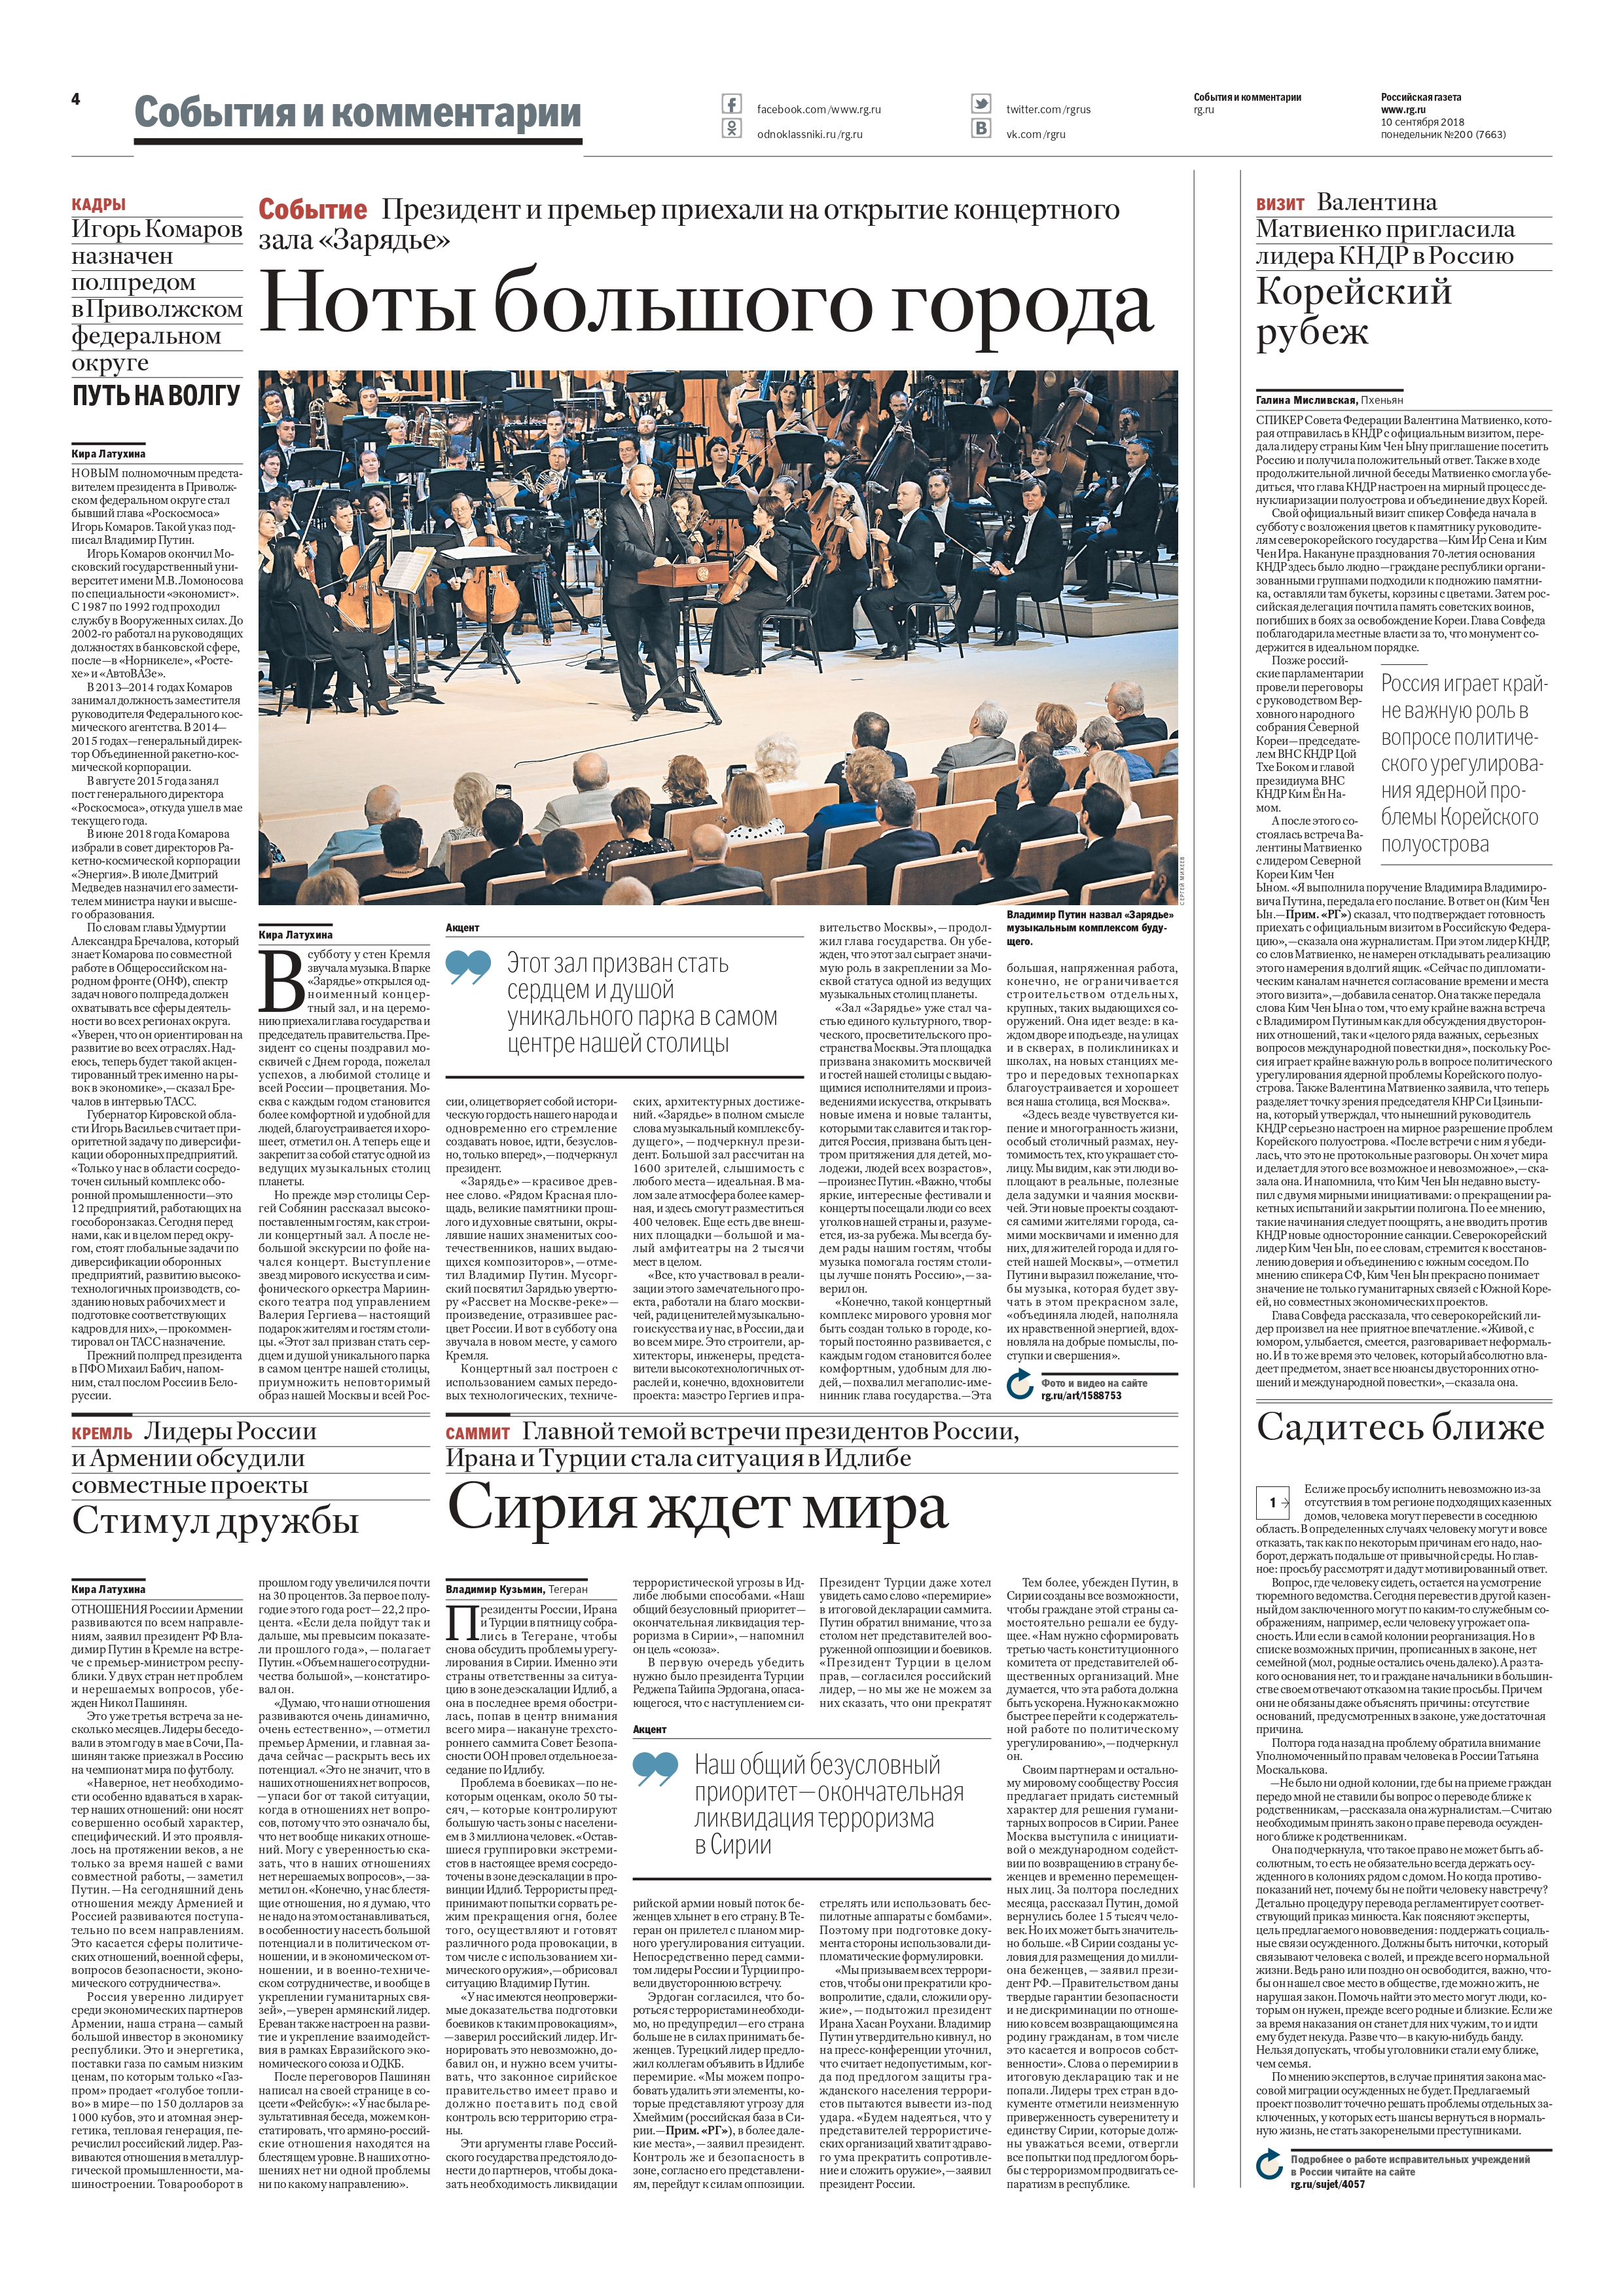
Language: ru